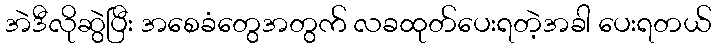
အဲဒီလိုဆွဲပြီး အစေခံတွေအတွက် လခထုတ်ပေးရတဲ့အခါ ပေးရတယ်